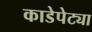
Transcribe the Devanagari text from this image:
काडेपेट्या